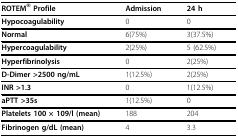
| ROTEM® Profile | Admission | 24 h |
 | --- | --- | --- |
 | Hypocoagulability | 0 | 0 |
 | Normal | 6(75%) | 3(37.5%) |
 | Hypercoagulability | 2(25%) | 5 (62.5%) |
 | Hyperfibrinolysis | 0 | 2(25%) |
 | D-Dimer >2500 ng/mL | 1(12.5%) | 2(25%) |
 | INR >1.3 | 0 | 1(12.5%) |
 | aPTT >35s | 1(12.5%) | 0 |
 | Platelets 100 × 109/l (mean) | 188 | 204 |
 | Fibrinogen g/dL (mean) | 4 | 3.3 |